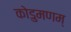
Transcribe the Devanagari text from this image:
कोडुमणम्